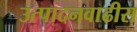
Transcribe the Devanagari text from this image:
उत्पादनवाढीस